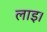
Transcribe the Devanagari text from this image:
लाइ।